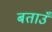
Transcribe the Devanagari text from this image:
बताउँ